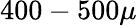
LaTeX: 400-500{\mu}